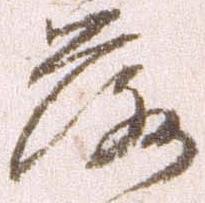
落